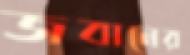
জবানের